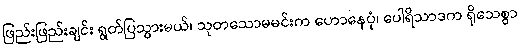
ဖြည်းဖြည်းချင်း ရွတ်ပြသွားမယ်၊ သုတသောမမင်းက ဟောနေပုံ၊ ပေါရိသာဒက ရိုသေစွာ